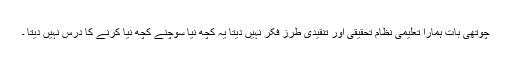
چوتھی بات ہمارا تعلیمی نظام تحقیقی اور تنقیدی طرز فکر نہیں دیتا یہ کچھ نیا سوچنے کچھ نیا کرنے کا درس نہیں دیتا ۔